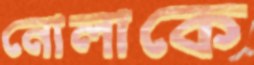
নোলাকে